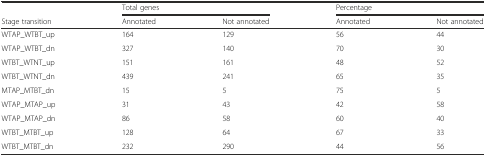
|  | <COLSPAN=2> Total genes | <COLSPAN=2> Percentage |
 | Stage transition | Annotated | Not annotated | Annotated | Not annotated |
 | --- | --- | --- | --- | --- |
 | WTAP_WTBT_up | 164 | 129 | 56 | 44 |
 | WTAP_WTBT_dn | 327 | 140 | 70 | 30 |
 | WTBT_WTNT_up | 151 | 161 | 48 | 52 |
 | WTBT_WTNT_dn | 439 | 241 | 65 | 35 |
 | MTAP_MTBT_dn | 15 | 5 | 75 | 5 |
 | WTAP_MTAP_up | 31 | 43 | 42 | 58 |
 | WTAP_MTAP_dn | 86 | 58 | 60 | 40 |
 | WTBT_MTBT_up | 128 | 64 | 67 | 33 |
 | WTBT_MTBT_dn | 232 | 290 | 44 | 56 |